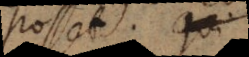
posset. Sed